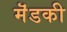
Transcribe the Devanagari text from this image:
मॆंडकी